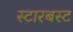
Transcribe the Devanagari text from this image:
स्टारबस्ट